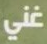
غني